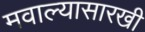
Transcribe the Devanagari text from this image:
मवाल्यासारखी